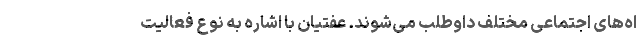
اه‌های اجتماعی مختلف داوطلب می‌شوند. عفتیان با اشاره به نوع فعالیت